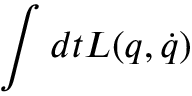
\int d t L ( q , \dot { q } )